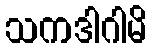
သကဒါဂါမိ